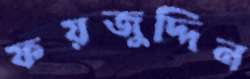
ফয়জুদ্দিন